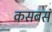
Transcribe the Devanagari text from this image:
कसबसं